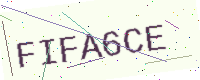
Text: FIFA6CE